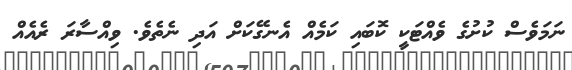
ނަމަވެސް ކުށުގެ ވެއްޓަކީ ކޮބައި ކަމެއް އެނގޭކަށް އަދި ނެތެވެ. ވިއްސާރަ ރެއެއް